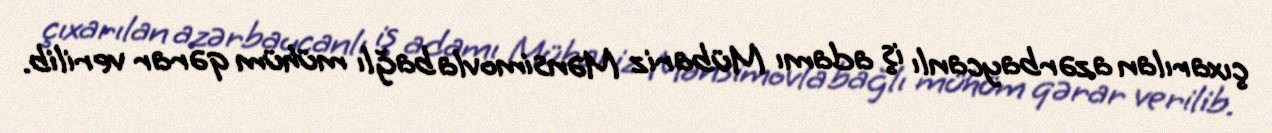
çıxarılan azərbaycanlı iş adamı Mübariz Mənsimovla bağlı mühüm qərar verilib.